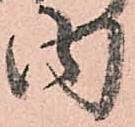
内